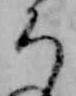
ち